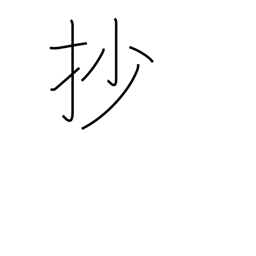
Meaning: summary